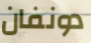
دونفان